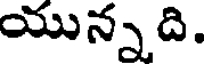
యున్నది.